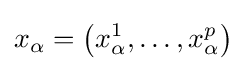
x_{\alpha }=\left(x_{\alpha }^{1},\dots ,x_{\alpha }^{p}\right)